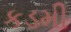
કડમી